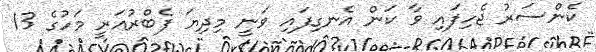
ކެންސަރު ޖެހިފައި ވާ ކަން އެނގިފައި ވަނީ މިދިޔަ ފެބްރުއަރީ މަހުގެ 13